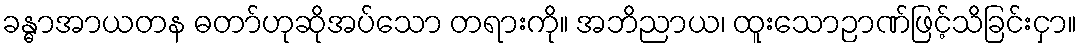
ခန္ဓာအာယတန ဓတာ်ဟုဆိုအပ်သော တရားကို။ အဘိညာယ၊ ထူးသောဉာဏ်ဖြင့်သိခြင်းငှာ။